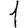
Digit: 1